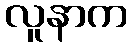
လူနာက